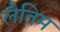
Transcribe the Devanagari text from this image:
लैतिम